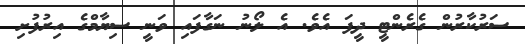
ސަރުކާރުން ގެރެންޓީ ދީފަ އެވެ. އެ ލޯނު ނަގާފައި ވަނީ ސިޔާމްގެ އިރުފުށި